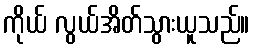
ကိုယ် လွယ်အိတ်သွားယူသည်။